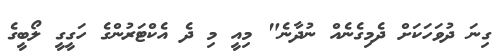
ގިނަ ދުވަހަކަށް ދެމިގެނެއް ނުދާނެ" މިއީ މި ދެ އެކްޓަރުންގެ ހަގީގީ ލޯބީގެ